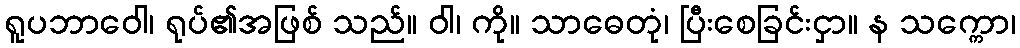
ရူပဘာဝေါ၊ ရုပ်၏အဖြစ် သည်။ ဝါ၊ ကို။ သာဓေတုံ၊ ပြီးစေခြင်းငှာ။ န သက္ကော၊